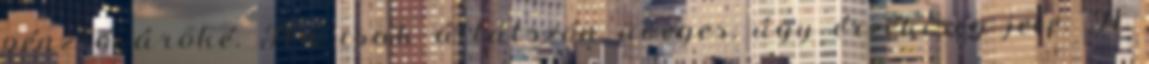
pénzsóvároké. Ha csak átlátszón üveges, úgy érzékiség jele. A